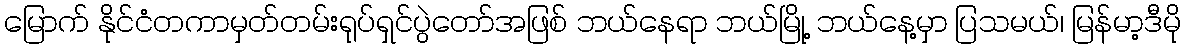
မြောက် နိုင်ငံတကာမှတ်တမ်းရုပ်ရှင်ပွဲတော်အဖြစ် ဘယ်နေရာ ဘယ်မြို့ ဘယ်နေ့မှာ ပြသမယ်၊ မြန်မာ့ဒီမို